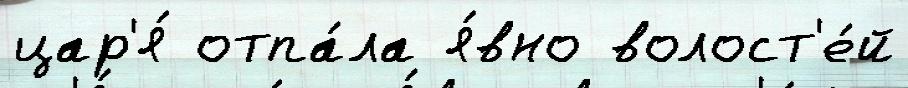
цар'я́ отпа́ла я́вно волост'е́й